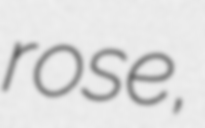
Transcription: rose,